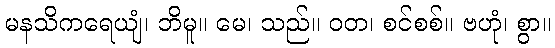
မနသိကရေယျံ၊ ဘိမူ။ မေ၊ သည်။ ဝတ၊ စင်စစ်။ ဗဟုံ၊ စွာ။